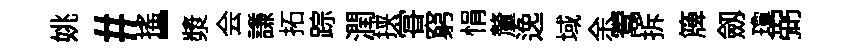
姚#揺-漿会謙拓踪潤挟甞窮悁釐𨓜域余鬻拆簰劔瓊弼